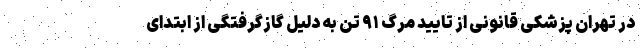
در تهران پزشکی قانونی از تایید مرگ ۹۱ تن به دلیل گازگرفتگی از ابتدای